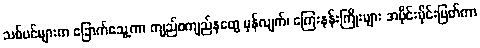
သစ်ပင်များက ခြောက်သွေ့ကာ ကျည်စကျည်နတွေ မှန်လျက်၊ ကြေးနန်းကြိုးများ အပိုင်းပိုင်းပြတ်ကာ